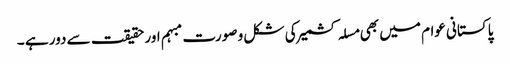
پاکستانی عوام میں بھی مسلہ کشمیر کی شکل و صورت مبہم اور حقیقت سے دور ہے ۔